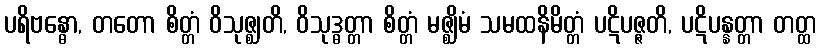
ပရိဗန္ဓော, တတော စိတ္တံ ဝိသုဇ္ဈတိ, ဝိသုဒ္ဓတ္တာ စိတ္တံ မဇ္ဈိမံ သမထနိမိတ္တံ ပဋိပဇ္ဇတိ, ပဋိပန္နတ္တာ တတ္ထ